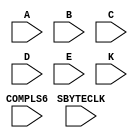
`timescale 1ns / 1ps

module encoder_5b6b(
  	input A,B,C,D,E,
  	input K,
  	input COMPLS6,
  	input SBYTECLK
	);


// 5b function datatypes -- ex. n_A_a_B = ~(A & B)
	wire n_A_nequal_B, n_nA_a_nB, n_A_a_B, n_C_nequal_D, n_nC_a_nD, n_C_a_D;  // intermediate wires of Fig. 3 from top to bottom
	wire L40, L04, L13, L31, L22; // output wires of Fig. 3 from top to bottom	

// 5b function
		// intermediate wires
	assign n_A_nequal_B = ~(A | B) | ~(~A | ~B);  
	assign n_nA_a_nB = ~(~A & ~B);
	assign n_A_a_B = ~(A & B);
 	assign n_C_nequal_D = ~(C | D) | ~(~C | ~D);
	assign n_nC_a_nD = ~(~C & ~D);
	assign n_C_a_D = ~(C & D);
		// end intermediate wires
		// output wires: "L" means logic function, Lxn = Logic function with "x" ones and "n" zeros (maintain disparity of +2, -2, or 0)
	assign L40 = ~((n_A_a_B) | (n_C_a_D));  // NOR: see note at beginning of module
	assign L04 = ~((n_nA_a_nB) | (n_nC_a_nD));
	assign L13 = ~((n_A_nequal_B) | (n_nC_a_nD)) | ~((n_C_nequal_D) | (n_nA_a_nB));  // two NOR gate equivalents ORed
	assign L31 = ~((n_A_nequal_B) | (n_C_a_D)) | ~((n_C_nequal_D) | (n_A_a_B));
	assign L22 = ~((n_A_a_B) | (n_nC_a_nD)) | ~((n_C_a_D) | (n_nA_a_nB)) | ~((n_A_nequal_B) | (n_C_nequal_D)); 
		// end output wires
	// end 5b function


	// 5b/6b encoding (7 = Fig. 7)
	wire w7_2,w7_3,w7_4,w7_5,w7_6;  /* These are intermediate wires that will be the inputs to the bottom 5 XOR ("E") gates. There are 6 XOR gates 
									   in total in Fig. 7. XOR7_1 is at the top of Fig. 7, and XOR7_6 is the bottom (and last) XOR gate. The wires 
									   correspond to the idential numbered XOR gate. e.g. w7_2 is an input (in addition to COMPLS6) to XOR7_2: the second 
									   XOR gate from the top. */
	//wire L13_a_D_a_E;  // output wire
	wire XNOR7_1,XNOR7_2,XNOR7_3,XNOR7_4,XNOR7_5,XNOR7_6;  // The inverted outputs of XOR gates (same order as above). Inject into FFs
	reg na,nb,nc,nd,ne,ni;  // complimented encoded outputs

	// 5b/6b encoding
		// intermediate wires (see line 58)
	assign w7_2 = ~(L40 | ~B) | L04;
  	assign w7_3 = (L04 | C) | ~(~L13 | ~E | ~D);
	assign w7_4 = ~(~D | L40);
  	assign w7_5 = ((~L13 | ~E | ~D) & E) | ~(~L13 | E);  
  	assign w7_6 = ~(E | ~L22) | ~(~L22 | ~K) | ~(~L04 | ~E) | ~(~E | ~L40) | ~(~E | ~L13 | D);  // Phew! Tough one haha
	//assign L13_a_D_a_E = ~(~L13 | ~E | ~D);
	assign XNOR7_1 = ~(A ^ COMPLS6);
	assign XNOR7_2 = ~(w7_2 ^ COMPLS6);
	assign XNOR7_3 = ~(w7_3 ^ COMPLS6);
	assign XNOR7_4 = ~(w7_4 ^ COMPLS6);
	assign XNOR7_5 = ~(w7_5 ^ COMPLS6);
	assign XNOR7_6 = ~(w7_6 ^ COMPLS6);
		// end intermediate wires 
		// outputs 
	always @ (posedge SBYTECLK)
		begin 
			na <= XNOR7_1;
			nb <= XNOR7_2;
			nc <= XNOR7_3;
			nd <= XNOR7_4;
			ne <= XNOR7_5;
			ni <= XNOR7_6;
		end  // always 
		// end outputs
	// end 5b/6b encoding
endmodule